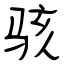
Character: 骇